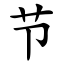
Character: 节